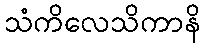
သံကိလေသိကာနိ